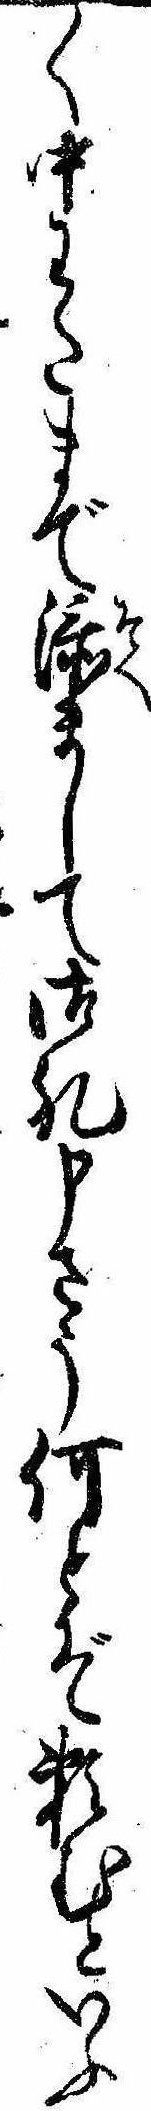
〱中わたまで添まして御礼申さう何とぞ頼むといふ